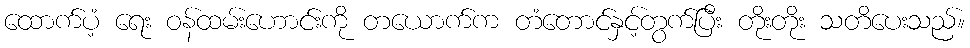
ထောက်ပံ့ ရေး ဝန်ထမ်းဟောင်းကို တယောက်က တံတောင်နှင့်တွက်ပြီး တိုးတိုး သတိပေးသည်။